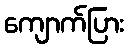
ကျောက်ပြား